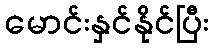
မောင်းနှင်နိုင်ပြီး